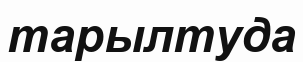
тарылтуда